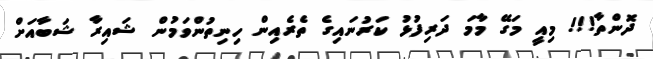
ދޮންތާ!!! މިއީ މަގޭ މާމަ ދަރިފުޅު ކަރުނައިގެ ތެރެއިން ހިނިތުންވަމުން ޝައިރާ ޝަބާއަށް